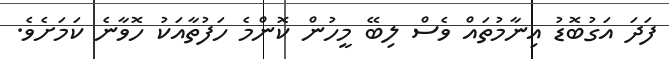
ފަދަ އަގުބޮޑު އިނާމުތައް ވެސް ލިބޭ މީހުން ކޮންމެ ހަފުތާއަކު ހޮވާނެ ކަމަށެވެ.